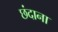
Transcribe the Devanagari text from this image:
छंदाना